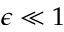
\epsilon \ll 1